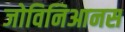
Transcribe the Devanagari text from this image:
जोविनिआनस